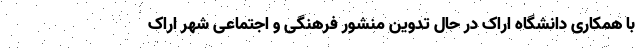
با همکاری دانشگاه اراک در حال تدوین منشور فرهنگی و اجتماعی شهر اراک